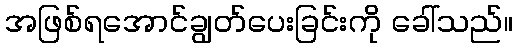
အဖြစ်ရအောင်ချွတ်ပေးခြင်းကို ခေါ်သည်။